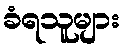
ခံရသူများ